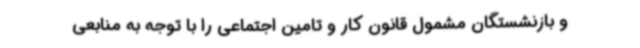
و بازنشستگان مشمول قانون کار و تامین اجتماعی را با توجه به منابعی